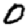
Digit: 0